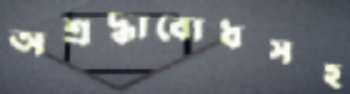
অশ্রদ্ধাবোধসহ